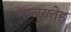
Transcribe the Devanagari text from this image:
भाजयतेह